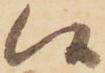
候